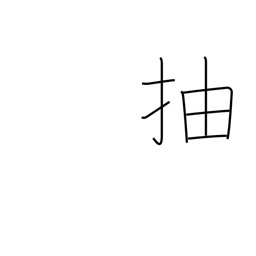
Meaning: excel